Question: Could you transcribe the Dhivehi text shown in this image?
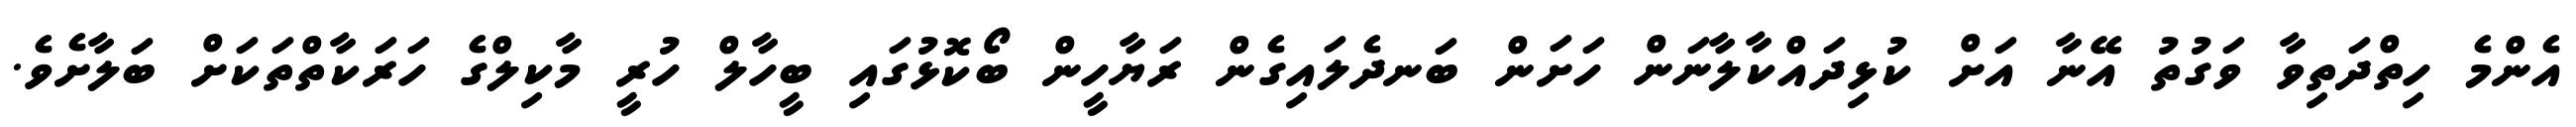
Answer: އެންމެ ހިތްދަތިވާ ވަގުތު އޭނާ އަށް ކުޅިދައްކާލާނަން ހަށަން ބަނދެލައިގެން ރަޔާހީން ބޯކޮޅުގައި ބީހާލް ހުރީ މާކިލްގެ ހަރަކާތްތަކަށް ބަލާށެވެ.